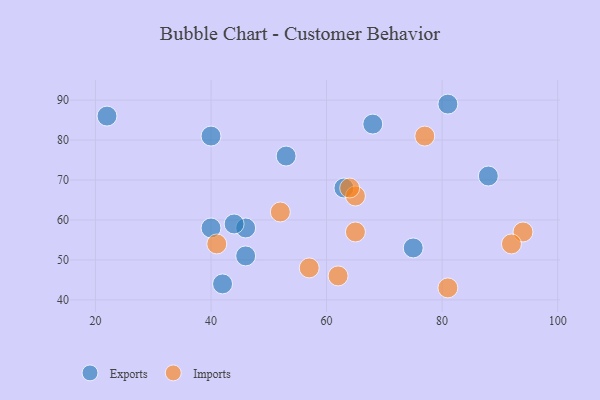
{"axis": {"x": "GDP", "y": "Life Expectancy"}, "legend": ["Exports", "Imports"], "data": [{"x": "53", "y": 76, "type": "Exports"}, {"x": "63", "y": 68, "type": "Exports"}, {"x": "46", "y": 58, "type": "Exports"}, {"x": "46", "y": 51, "type": "Exports"}, {"x": "88", "y": 71, "type": "Exports"}, {"x": "75", "y": 53, "type": "Exports"}, {"x": "22", "y": 86, "type": "Exports"}, {"x": "81", "y": 89, "type": "Exports"}, {"x": "40", "y": 81, "type": "Exports"}, {"x": "40", "y": 58, "type": "Exports"}, {"x": "68", "y": 84, "type": "Exports"}, {"x": "44", "y": 59, "type": "Exports"}, {"x": "42", "y": 44, "type": "Exports"}, {"x": "65", "y": 66, "type": "Imports"}, {"x": "57", "y": 48, "type": "Imports"}, {"x": "41", "y": 54, "type": "Imports"}, {"x": "77", "y": 81, "type": "Imports"}, {"x": "94", "y": 57, "type": "Imports"}, {"x": "52", "y": 62, "type": "Imports"}, {"x": "65", "y": 57, "type": "Imports"}, {"x": "64", "y": 68, "type": "Imports"}, {"x": "62", "y": 46, "type": "Imports"}, {"x": "81", "y": 43, "type": "Imports"}, {"x": "92", "y": 54, "type": "Imports"}]}